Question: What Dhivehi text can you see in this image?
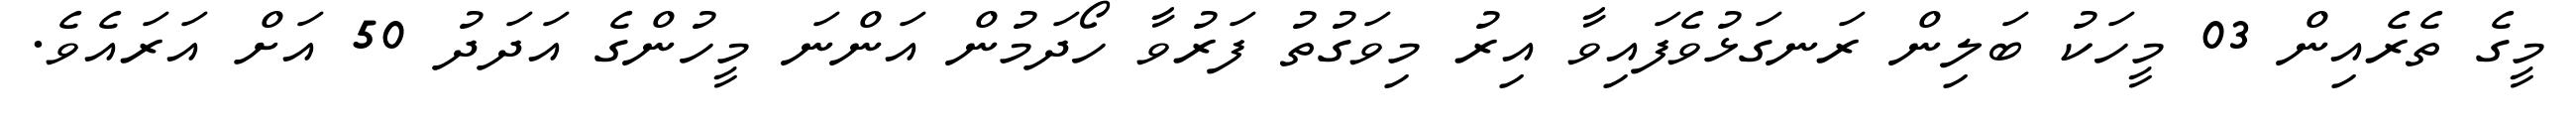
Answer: މީގެ ތެރެއިން 03 މީހަކު ބަލިން ރަނގަޅުވެފައިވާ އިރު މިވަގުތު ފަރުވާ ހޯދަމުން އަންނަ މީހުންގެ އަދަދު 50 އަށް އަރައެވެ.